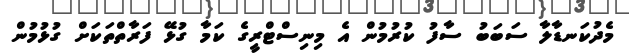
މެދުކަނޑާލާ ސަބަބު ސާފު ކުރުމުން އެ މިނިސްޓްރީގެ ކަމާ ގުޅޭ ފަރާތްތަކަށް ގުޅުމުން